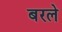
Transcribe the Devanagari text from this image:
बरले